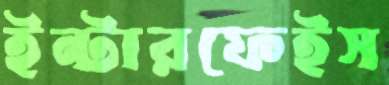
ইন্টারফেইস